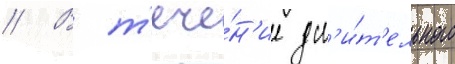
// В т'ече́н'ие дл'и́т'ельного